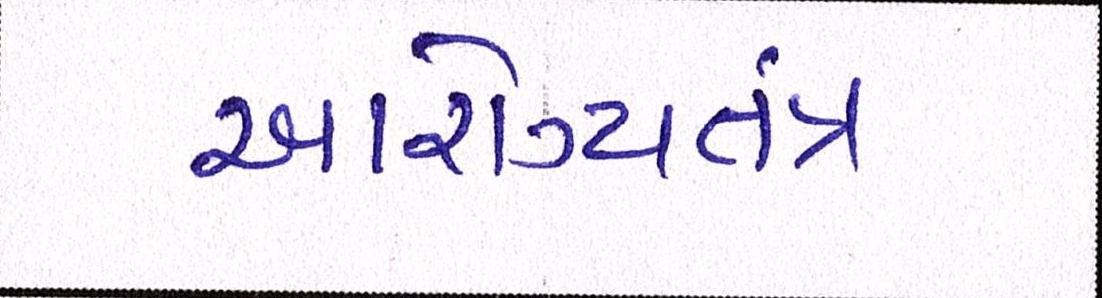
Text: આરોગ્યતંત્ર